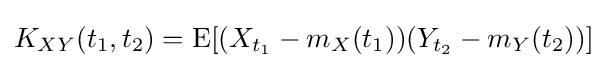
K_{XY}(t_{1},t_{2})=\operatorname {E} [(X_{t_{1}}-m_{X}(t_{1}))(Y_{t_{2}}-m_{Y}(t_{2}))]